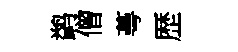
鹢僧蕚歴